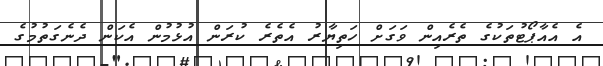
އެ އެއާޕޯޓުތަކުގެ ތެރެއިން ވަގަށް ހަތިޔާރު އެތެރެ ކުރަން އުޅުމުން އެކަން ދެނެގަތުމުގެ